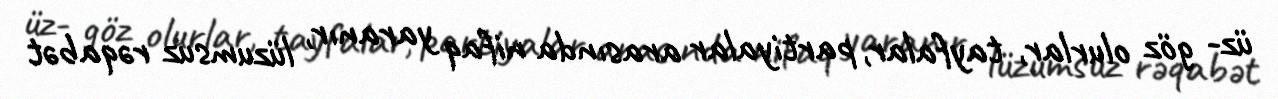
üz- göz olurlar, tayfalar, partiyalar arasında nifaq yaranır, lüzumsuz rəqabət